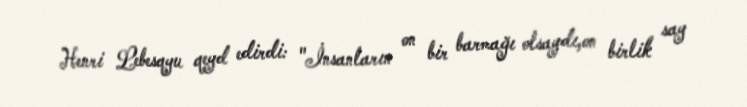
Henri Lebesqyu qeyd edirdi: "İnsanların on bir barmağı olsaydı,on birlik say